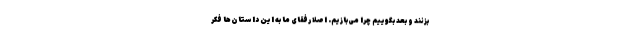
بزنند و بعد بگوییم چرا می‌بازیم. اصلاً رفقای ما به این داستان‌ها فکر